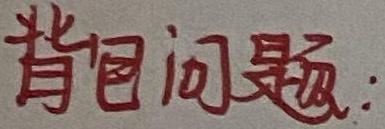
背问题: